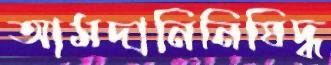
আমদানিনিষিদ্ধ